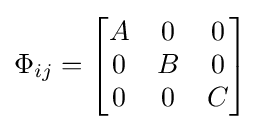
\Phi _{ij}={\begin{bmatrix}A&0&0\\0&B&0\\0&0&C\end{bmatrix}}